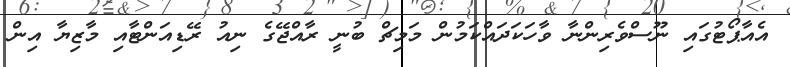
އެއާޕޯޓުގައި ނޫސްވެރިންނާ ވާހަކަދައްކަމުން މަމިޗް ބުނީ ރާއްޖޭގެ ނިއު ރޭޑިއަންޓާއި މާޒިޔާ އިން